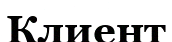
Клиент